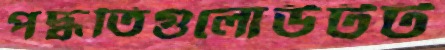
পদ্ধতিগুলোউটট